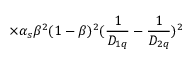
\times \alpha _ { s } \beta ^ { 2 } ( 1 - \beta ) ^ { 2 } ( { \frac { 1 } { D _ { 1 q } } } - { \frac { 1 } { D _ { 2 q } } } ) ^ { 2 }